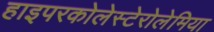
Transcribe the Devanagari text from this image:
हाइपरकोलेस्टेरोलेमिया